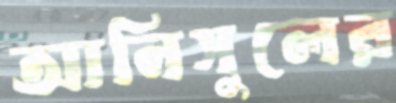
আনিসুলের